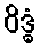
ဝိဒ္ဓံ